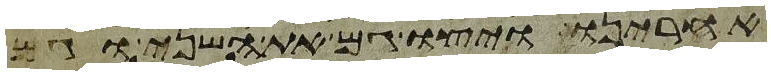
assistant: אחרינו ויצו גם את השני וגם